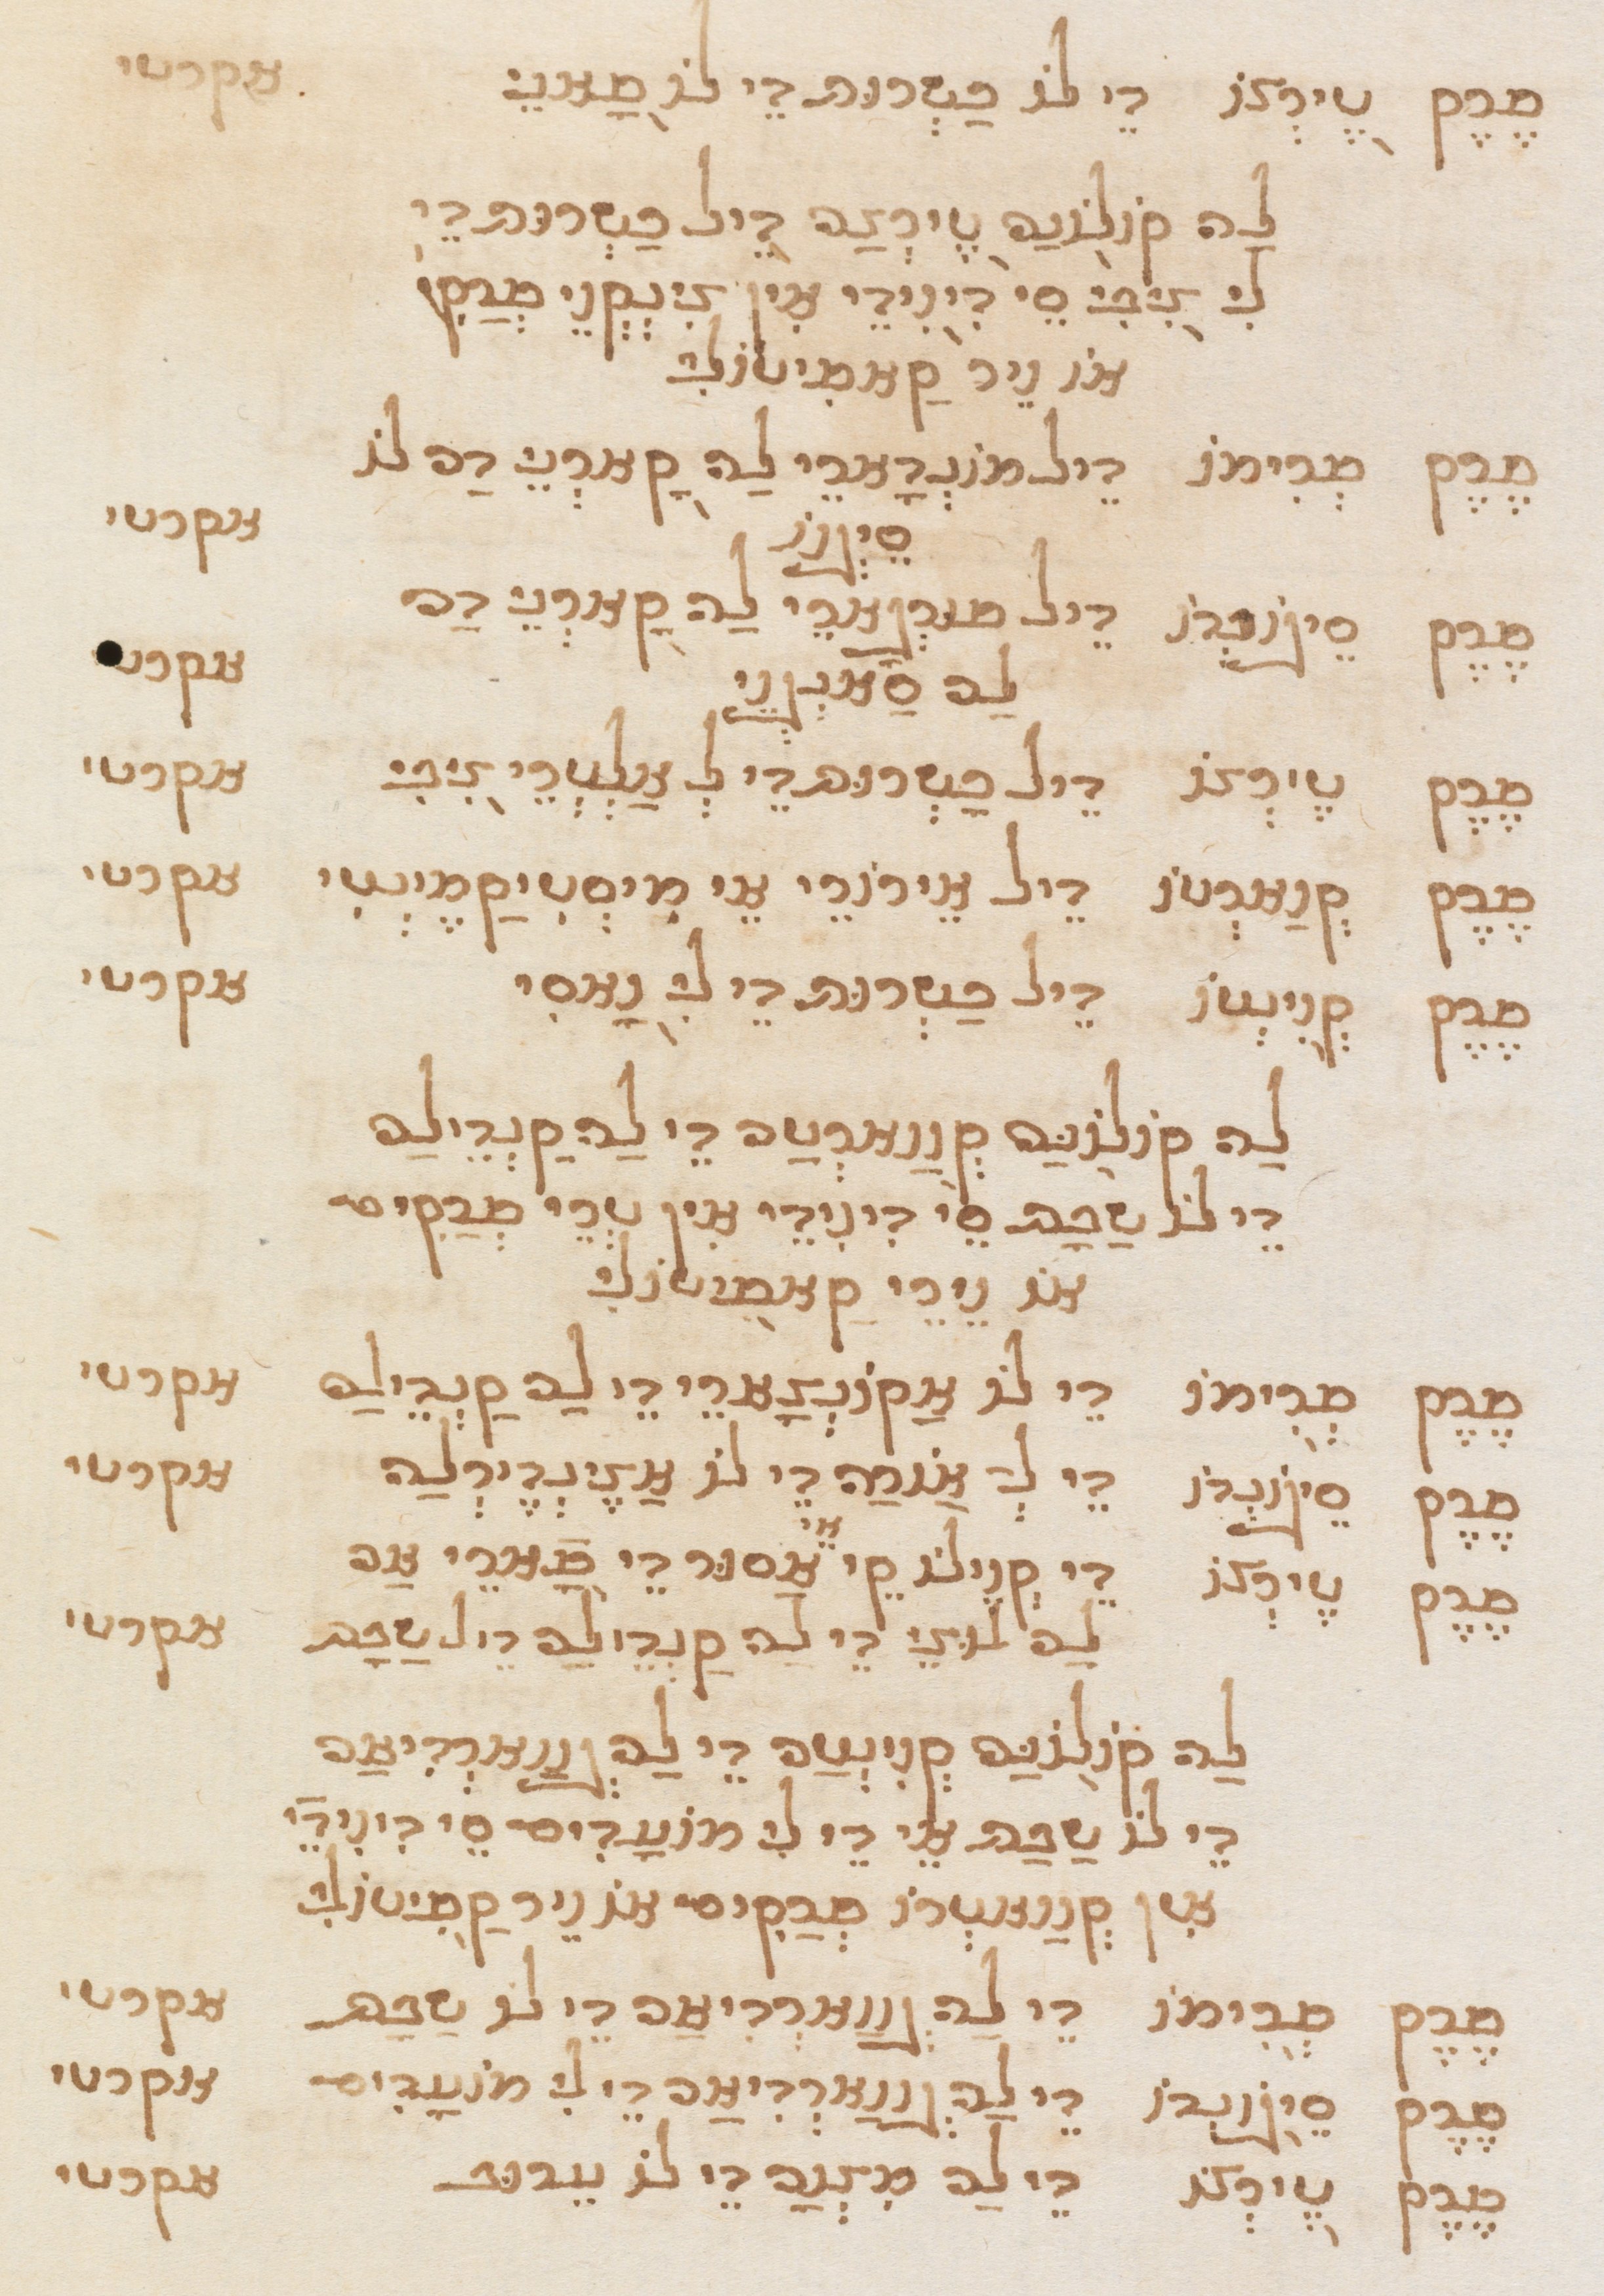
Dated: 1565–1599